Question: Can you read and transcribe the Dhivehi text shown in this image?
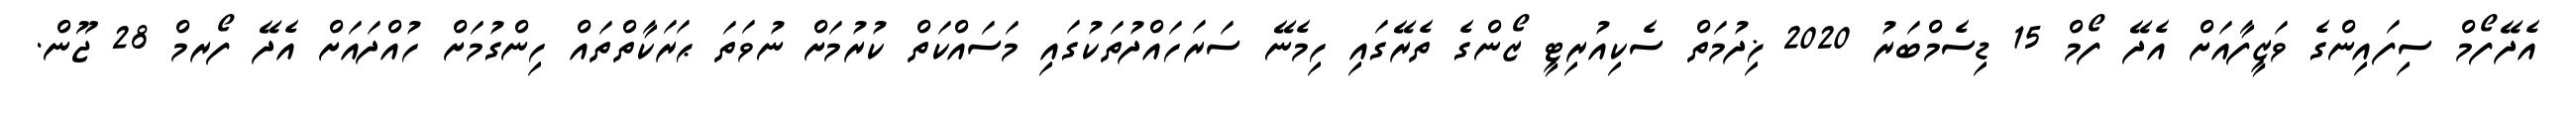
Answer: އެދޭފޯމް ސިފައިންގެ ވަޒީފާއަށް އެދޭ ފޯމް 15 ޑިސެމްބަރު 2020 ޚިދުމަތް ސެކިއުރިޓީ ޒޯންގެ ތެރޭގައި ހިމެނޭ ސަރަހައްދުތަކުގައި މަސައްކަތް ކުރުމަށް ނުވަތަ ޙަރަކާތްތައް ހިންގުމަށް ހުއްދައަށް އެދޭ ފޯރމް 28 ޖޫން.